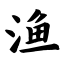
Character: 渔